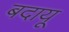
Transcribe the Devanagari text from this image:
बदायू